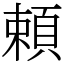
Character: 頼